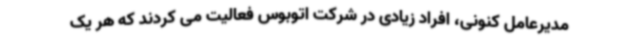
مدیرعامل کنونی، افراد زیادی در شرکت اتوبوس فعالیت می کردند که هر یک